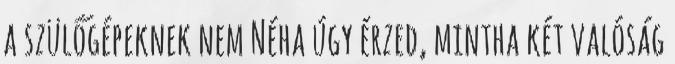
a szülőgépeknek nem Néha úgy érzed, mintha két valóság